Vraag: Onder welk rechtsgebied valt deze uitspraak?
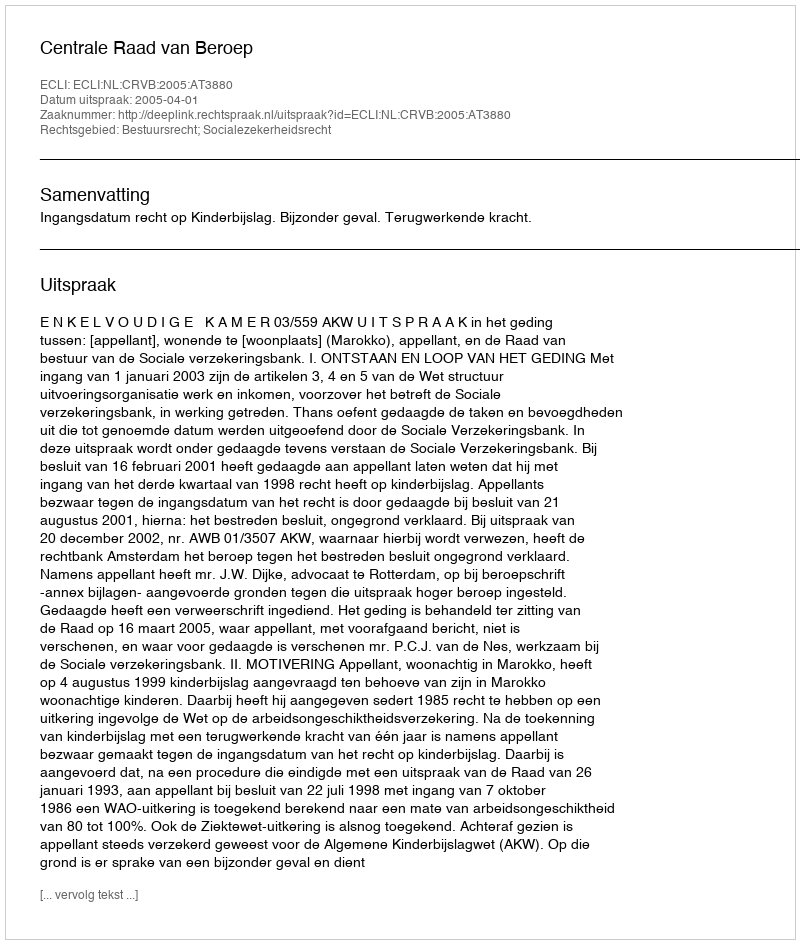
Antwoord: Bestuursrecht; Socialezekerheidsrecht